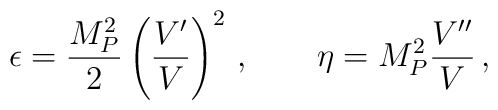
\epsilon = \frac{M_P^2}{2}\left(\frac{V'}{ V}\right)^2\,,\qquad \eta = M_P^2\frac{V''}{V}\,,